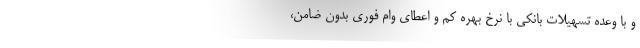
و با وعده تسهیلات بانکی با نرخ بهره کم و اعطای وام فوری بدون ضامن،